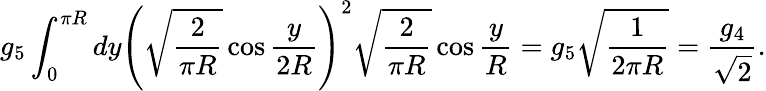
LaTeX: g_{5}\int_{0}^{\pi R}dy\left(\sqrt{\frac{2}{\pi R}}\cos\frac{y}{2R}\right)^{2}\sqrt{\frac{2}{\pi R}}\cos\frac{y}{R}=g_{5}\sqrt{\frac{1}{2\pi R}}=\frac{g_{4}}{\sqrt{2}}.